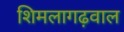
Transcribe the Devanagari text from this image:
शिमलागढ़वाल